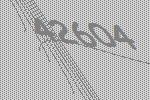
42604